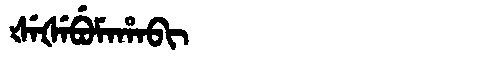
Manchu: ᡧᡝᡧᡝᠪᡠᠮᠠᡥᠠᠪᡳ
Romanization: ŠEŠEBUMAHABI